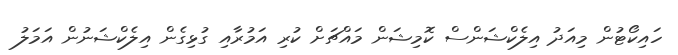
ހައިކޯޓުން މިއަދު އިލެކްޝަންސް ކޮމިޝަން މައްޗަށް ކުރި އަމުރާއި ގުޅިގެން އިލެކްޝަނުން އަމަލު